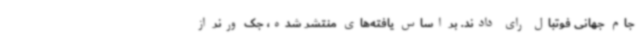
جام جهانی فوتبال رای دادند. بر اساس یافته‌های منتشر شده، جک ورنر از